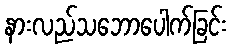
နားလည်သဘောပေါက်ခြင်း